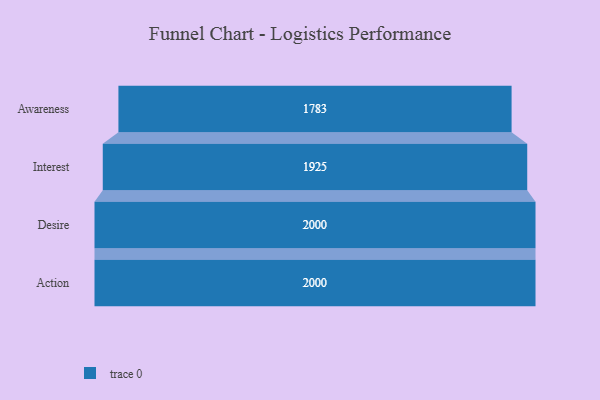
{"axis": {"x": "Stage", "y": "Value"}, "legend": [""], "data": [{"x": "Awareness", "y": 1783.0, "type": ""}, {"x": "Interest", "y": 1925.0, "type": ""}, {"x": "Desire", "y": 2000, "type": ""}, {"x": "Action", "y": 2000, "type": ""}]}